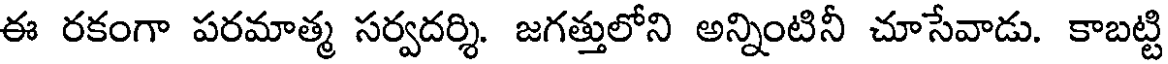
ఈ రకంగా పరమాత్మ సర్వదర్శి. జగత్తులోని అన్నింటినీ చూసేవాడు. కాబట్టి